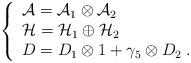
LaTeX: \begin{align*}\left\{ \begin{array}{l}\mathcal{A}=\mathcal{A}_{1}\otimes \mathcal{A}_{2} \\ \mathcal{H}=\mathcal{H}_{1}\oplus \mathcal{H}_{2} \\ D=D_{1}\otimes 1+\gamma _{5}\otimes D_{2}\;.\end{array}\right. \end{align*}